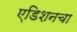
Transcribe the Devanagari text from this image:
एडिशनचा